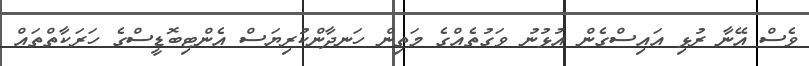
ވެސް އޭނާ ރުޅި އައިސްގެން އުޅުނު ވަގުތެއްގެ މަތިން ހަނދާންކުރިޔަސް އެންޓިބޮޑީސްގެ ހަރަކާތްތައް